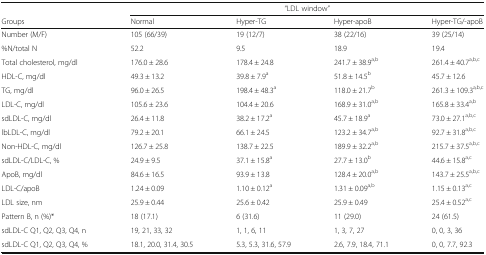
<table><thead><tr><td></td><td colspan="4"><b>“LDL window”</b></td></tr><tr><td><b>Groups</b></td><td><b>Normal</b></td><td><b>Hyper-TG</b></td><td><b>Hyper-apoB</b></td><td><b>Hyper-TG/-apoB</b></td></tr></thead><tbody><tr><td>Number (M/F)</td><td>105 (66/39)</td><td>19 (12/7)</td><td>38 (22/16)</td><td>39 (25/14)</td></tr><tr><td>%N/total N</td><td>52.2</td><td>9.5</td><td>18.9</td><td>19.4</td></tr><tr><td>Total cholesterol, mg/dl</td><td>176.0 ± 28.6</td><td>178.4 ± 24.8</td><td>241.7 ± 38.9<sup>a,b</sup></td><td>261.4 ± 40.7<sup>a,b,c</sup></td></tr><tr><td>HDL-C, mg/dl</td><td>49.3 ± 13.2</td><td>39.8 ± 7.9<sup>a</sup></td><td>51.8 ± 14.5<sup>b</sup></td><td>45.7 ± 12.6</td></tr><tr><td>TG, mg/dl</td><td>96.0 ± 26.5</td><td>198.4 ± 48.3<sup>a</sup></td><td>118.0 ± 21.7<sup>b</sup></td><td>261.3 ± 109.3<sup>a,b,c</sup></td></tr><tr><td>LDL-C, mg/dl</td><td>105.6 ± 23.6</td><td>104.4 ± 20.6</td><td>168.9 ± 31.0<sup>a,b</sup></td><td>165.8 ± 33.4<sup>a,b</sup></td></tr><tr><td>sdLDL-C, mg/dl</td><td>26.4 ± 11.8</td><td>38.2 ± 17.2<sup>a</sup></td><td>45.7 ± 18.9<sup>a</sup></td><td>73.0 ± 27.1<sup>a,b,c</sup></td></tr><tr><td>lbLDL-C, mg/dl</td><td>79.2 ± 20.1</td><td>66.1 ± 24.5</td><td>123.2 ± 34.7<sup>a,b</sup></td><td>92.7 ± 31.8<sup>a,b,c</sup></td></tr><tr><td>Non-HDL-C, mg/dl</td><td>126.7 ± 25.8</td><td>138.7 ± 22.5</td><td>189.9 ± 32.2<sup>a,b</sup></td><td>215.7 ± 37.5<sup>a,b,c</sup></td></tr><tr><td>sdLDL-C/LDL-C, %</td><td>24.9 ± 9.5</td><td>37.1 ± 15.8<sup>a</sup></td><td>27.7 ± 13.0<sup>b</sup></td><td>44.6 ± 15.8<sup>a,c</sup></td></tr><tr><td>ApoB, mg/dl</td><td>84.6 ± 16.5</td><td>93.9 ± 13.8</td><td>128.4 ± 20.0<sup>a,b</sup></td><td>143.7 ± 25.5<sup>a,b,c</sup></td></tr><tr><td>LDL-C/apoB</td><td>1.24 ± 0.09</td><td>1.10 ± 0.12<sup>a</sup></td><td>1.31 ± 0.09<sup>a,b</sup></td><td>1.15 ± 0.13<sup>a,c</sup></td></tr><tr><td>LDL size, nm</td><td>25.9 ± 0.44</td><td>25.6 ± 0.42</td><td>25.9 ± 0.49</td><td>25.4 ± 0.52<sup>a,c</sup></td></tr><tr><td>Pattern B, n (%)*</td><td>18 (17.1)</td><td>6 (31.6)</td><td>11 (29.0)</td><td>24 (61.5)</td></tr><tr><td>sdLDL-C Q1, Q2, Q3, Q4, n</td><td>19, 21, 33, 32</td><td>1, 1, 6, 11</td><td>1, 3, 7, 27</td><td>0, 0, 3, 36</td></tr><tr><td>sdLDL-C Q1, Q2, Q3, Q4, %</td><td>18.1, 20.0, 31.4, 30.5</td><td>5.3, 5.3, 31.6, 57.9</td><td>2.6, 7.9, 18.4, 71.1</td><td>0, 0, 7.7, 92.3</td></tr></tbody></table>